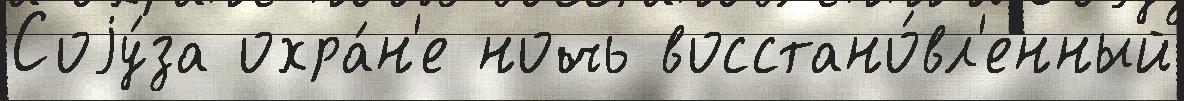
Соjу́за охра́н'е ночь восстано́вл'енный